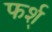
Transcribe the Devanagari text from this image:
फर्श्